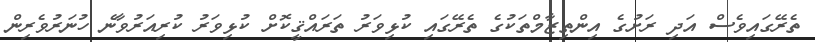
ތެރޭގައިވެސް އަދި ރަށުގެ އިންތިޒާމްތަކުގެ ތެރޭގައި ކުޅިވަރު ތަރައްޤީކޮށް ކުޅިވަރު ކުރިއަރުވާނެ ހުނަރުވެރިން